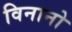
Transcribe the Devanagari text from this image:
विनानो